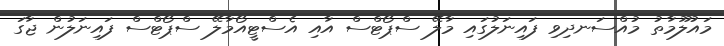
މައުލޫމާތު މުއްސަނދިވި ފައިނަލުގައި މާލޭ ސްޕޯޓްސް އާއި އެސްޓީއޯމާލޭ ސްޕޯޓްސް ފައިނަލުން ޖާގަ